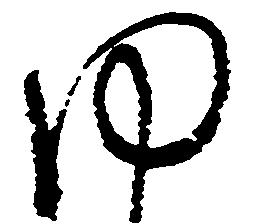
ゆ